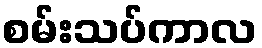
စမ်းသပ်ကာလ